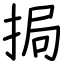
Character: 挶